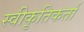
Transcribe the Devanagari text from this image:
स्वीकृतिकर्ता